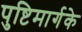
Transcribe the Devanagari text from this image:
पुष्टिमार्गके